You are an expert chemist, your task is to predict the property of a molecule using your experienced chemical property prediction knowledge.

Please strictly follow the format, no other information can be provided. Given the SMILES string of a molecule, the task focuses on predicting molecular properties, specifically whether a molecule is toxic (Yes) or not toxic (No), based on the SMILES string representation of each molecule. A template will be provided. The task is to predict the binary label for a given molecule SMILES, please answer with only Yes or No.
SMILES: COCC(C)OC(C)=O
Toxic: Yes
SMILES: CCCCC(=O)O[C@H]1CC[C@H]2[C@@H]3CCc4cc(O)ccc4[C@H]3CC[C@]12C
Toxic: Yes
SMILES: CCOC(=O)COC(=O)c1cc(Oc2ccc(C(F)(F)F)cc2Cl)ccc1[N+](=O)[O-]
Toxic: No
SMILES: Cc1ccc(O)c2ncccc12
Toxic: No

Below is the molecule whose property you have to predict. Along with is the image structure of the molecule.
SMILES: CC(=O)c1nccs1
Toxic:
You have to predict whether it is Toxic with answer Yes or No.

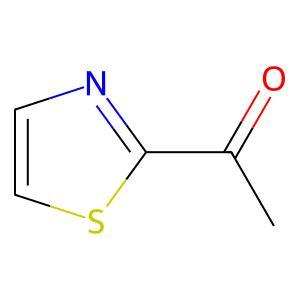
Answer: No